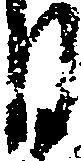
月